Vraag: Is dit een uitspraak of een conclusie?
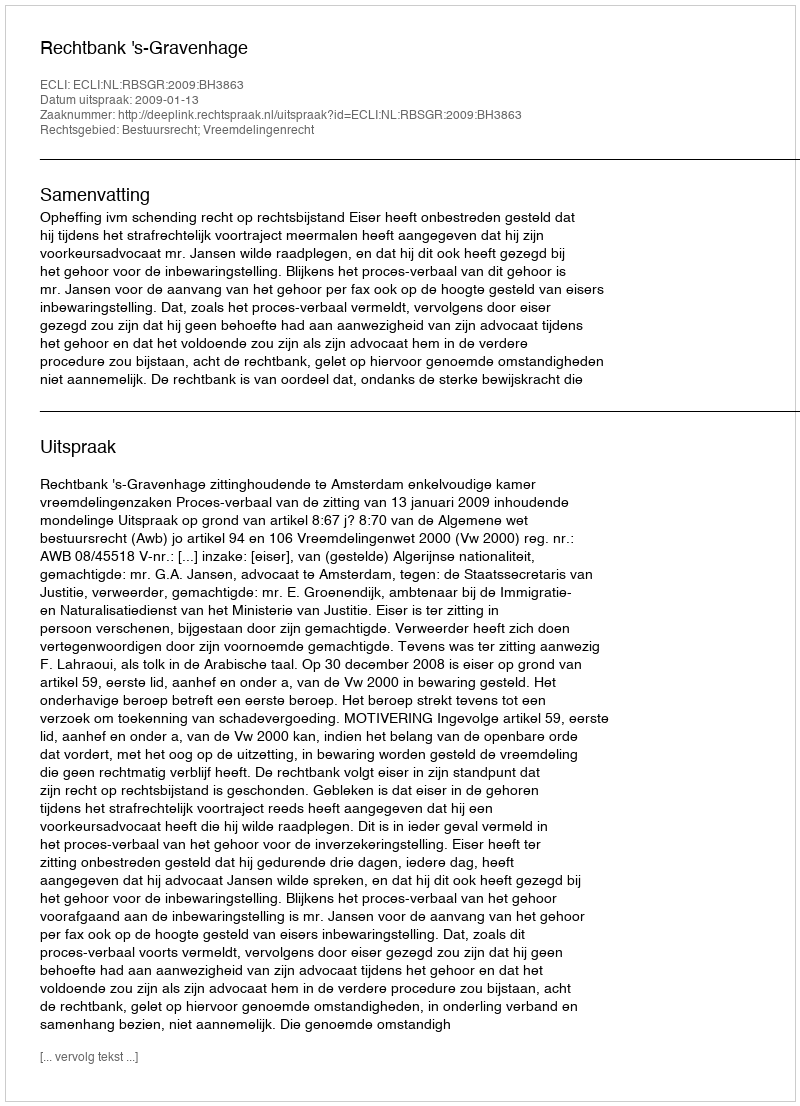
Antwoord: Uitspraak